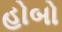
હોબો